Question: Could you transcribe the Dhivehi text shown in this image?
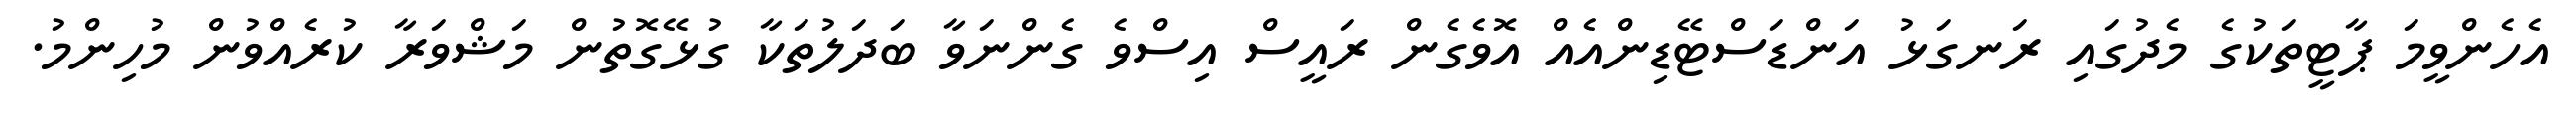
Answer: އެހެންވީމަ ޕާޓީތަކުގެ މެދުގައި ރަނގަޅު އަންޑަސްޓޭޑިންއެއް އޮވެގެން ރައީސް އިސްވެ ގެންނަވާ ބަދަލުތަކާ ގުޅޭގޮތުން މަޝްވަރާ ކުރެއްވުން މުހިންމު.